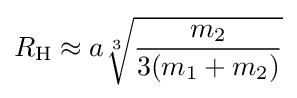
R_{\mathrm {H} }\approx a{\sqrt[{3}]{\frac {m_{2}}{3(m_{1}+m_{2})}}}